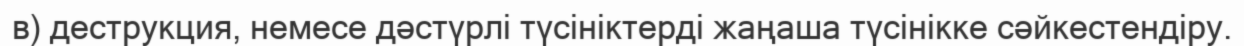
в) деструкция, немесе дәстүрлі түсініктерді жаңаша түсінікке сәйкестендіру.